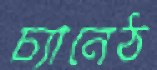
চ্যানেঠ